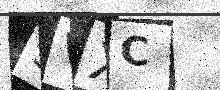
Text: 3VXC